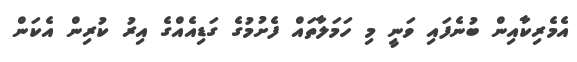
އެމެރިކާއިން ބުނެފައި ވަނީ މި ހަމަލާތައް ފެށުމުގެ ގަޑިއެއްގެ އިރު ކުރިން އެކަން